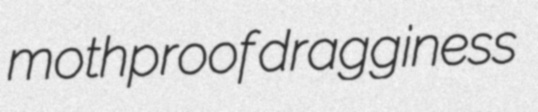
mothproof dragginess